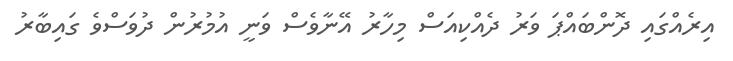
އިރެއްގައި ދޮންބައްޕަ ވަރު ދެއްކިއަސް މިހާރު އޭނާވެސް ވަނީ އުމުރުން ދުވަސްވެ ގައިބާރު